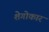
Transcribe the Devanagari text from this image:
शेगोकार